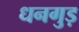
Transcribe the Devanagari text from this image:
धनगुड़